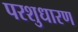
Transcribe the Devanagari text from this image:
परशुधारण